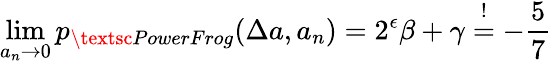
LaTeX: \operatorname*{lim}_{a_{n}\to 0}p_{\textsc{PowerFrog}}(\Delta a,a_{n})=2^{\epsilon}\beta+\gamma\stackrel{!}{=}-\frac{5}{7}